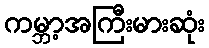
ကမ္ဘာ့အကြီးမားဆုံး